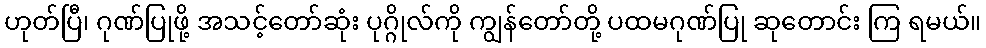
ဟုတ်ပြီ၊ ဂုဏ်ပြုဖို့ အသင့်တော်ဆုံး ပုဂ္ဂိုလ်ကို ကျွန်တော်တို့ ပထမဂုဏ်ပြု ဆုတောင်း ကြ ရမယ်။